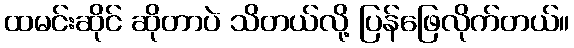
ထမင်းဆိုင် ဆိုတာပဲ သိတယ်လို့ ပြန်ဖြေလိုက်တယ်။